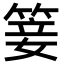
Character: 䈉